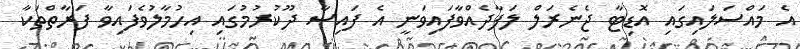
އެ މައްސަލައިގައި އޮޑިޓާ ޖެނެރަލް ލަފާދެއްވާފައިވަނީ އެ ފައިސާ ދޫކުރުމުގައި އިހުމާލުވެފައިވާ ފަރާތްތަކާ